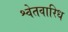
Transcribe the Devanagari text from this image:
श्वेतवारिध